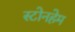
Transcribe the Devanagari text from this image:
स्टोनहेम